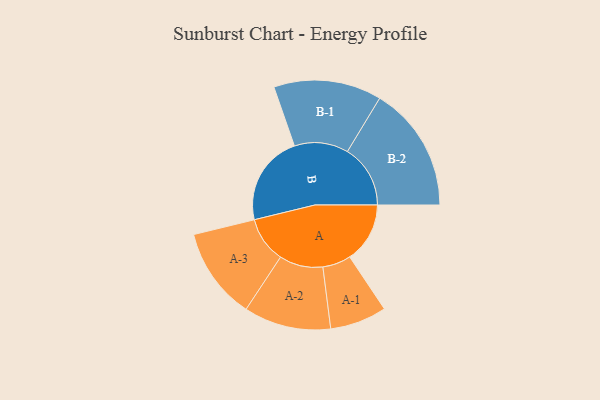
{"axis": {"x": "Segment", "y": "Value"}, "legend": ["", "A", "B"], "data": [{"x": "A", "y": 261, "type": ""}, {"x": "B", "y": 392, "type": ""}, {"x": "A-1", "y": 123, "type": "A"}, {"x": "A-2", "y": 189, "type": "A"}, {"x": "A-3", "y": 199, "type": "A"}, {"x": "B-1", "y": 234, "type": "B"}, {"x": "B-2", "y": 273, "type": "B"}]}